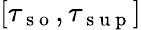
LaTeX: [\tau_{\mathrm{~s~o~}},\tau_{\mathrm{~s~u~p~}}]